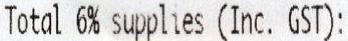
TOTAL 6% SUPPLIES (INC. GST):